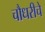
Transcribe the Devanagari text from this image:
चौधरीचे